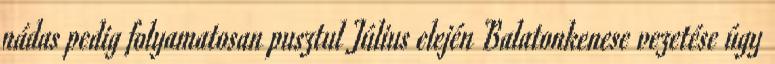
nádas pedig folyamatosan pusztul Július elején Balatonkenese vezetése úgy